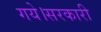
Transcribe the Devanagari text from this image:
गये।सरकारी